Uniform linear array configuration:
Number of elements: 16
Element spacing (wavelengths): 0.75
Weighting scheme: binomial
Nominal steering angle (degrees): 60
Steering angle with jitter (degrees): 61.272
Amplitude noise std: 0.05
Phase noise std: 0.05

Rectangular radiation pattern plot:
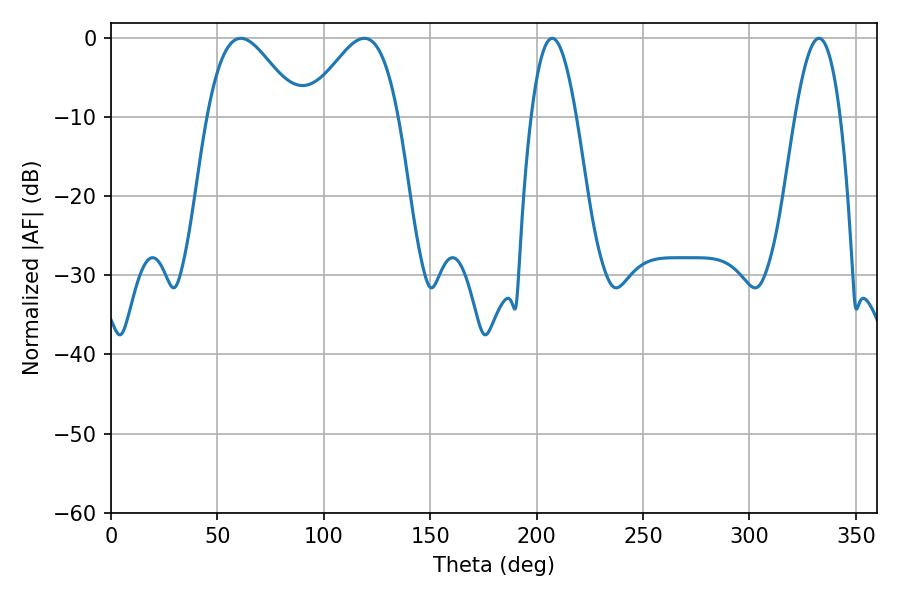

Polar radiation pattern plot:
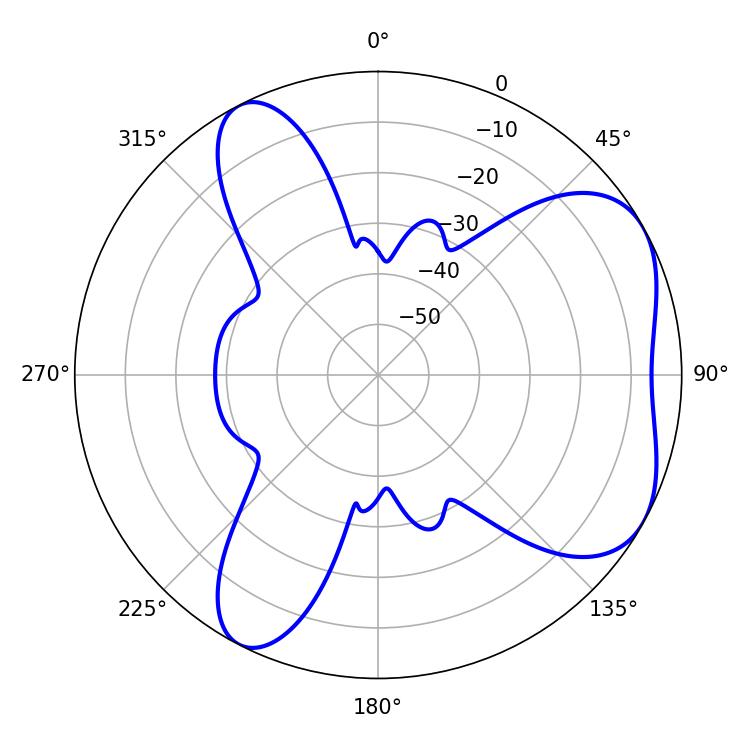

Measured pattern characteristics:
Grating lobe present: TRUE
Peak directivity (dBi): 5.283
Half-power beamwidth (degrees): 22.86
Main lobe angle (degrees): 61.02